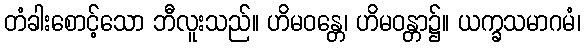
တံခါးစောင့်သော ဘီလူးသည်။ ဟိမဝန္တေ၊ ဟိမဝန္တာ၌။ ယက္ခသမာဂမံ၊